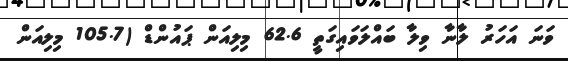
ވަނަ އަހަރު ލާނާ ވިލާ ބައްލަވައިގަތީ 62.6 މިލިއަން ޕައުންޑް (105.7 މިލިއަން